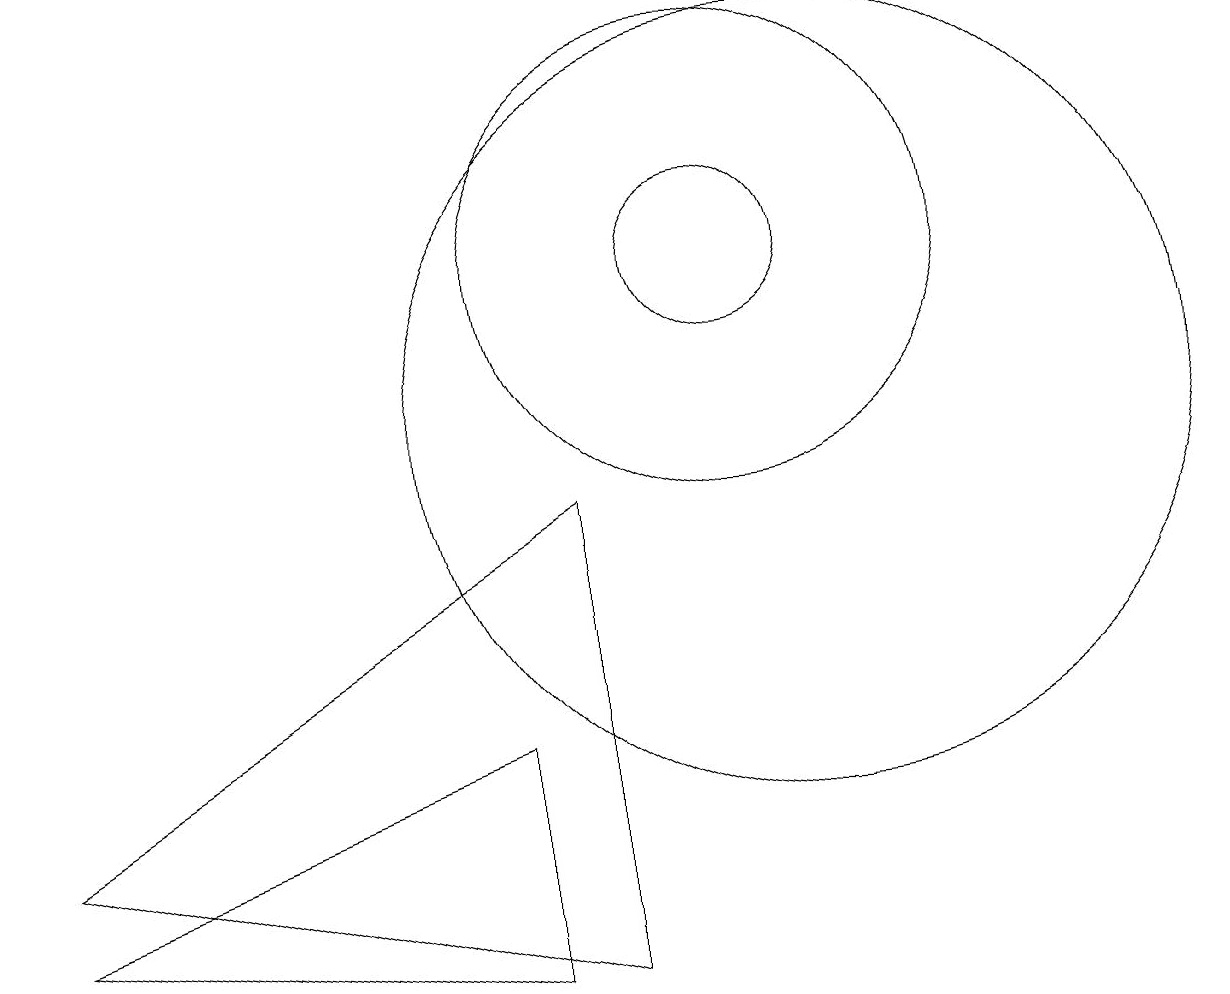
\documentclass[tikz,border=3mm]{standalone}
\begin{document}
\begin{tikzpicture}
\draw (9,3) -- (9,9) -- (2,5) -- cycle;
\draw (12,10) circle (5);
\draw (11,12) circle (1);
\draw (2,4) -- (8,6) -- (8,3) -- cycle;
\draw (11,12) circle (3);
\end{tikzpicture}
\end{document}